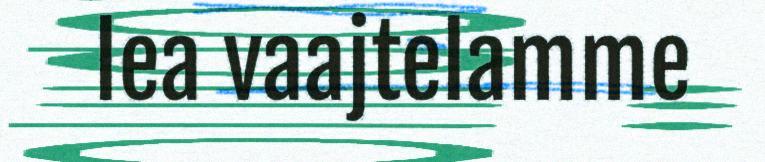
lea vaajtelamme